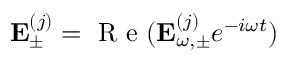
{ \bf E } _ { \pm } ^ { ( j ) } = \mathrm { ~ R ~ e ~ } ( { \bf E } _ { \omega , \pm } ^ { ( j ) } e ^ { - i \omega t } )